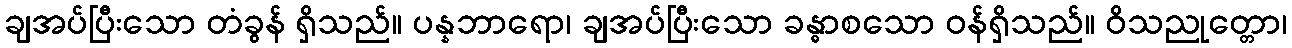
ချအပ်ပြီးသော တံခွန် ရှိသည်။ ပန္နဘာရော၊ ချအပ်ပြီးသော ခန္ဓာစသော ဝန်ရှိသည်။ ဝိသညုတ္တော၊